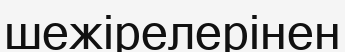
шежірелерінен